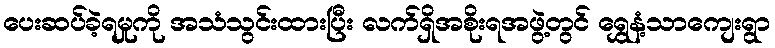
ပေးဆပ်ခဲ့ရမှုကို အသံသွင်းထားပြီး လက်ရှိအစိုးရအဖွဲ့တွင် ရွှေနံ့သာကျေးရွာ